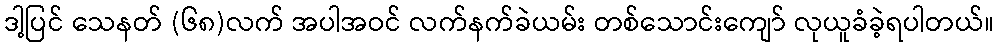
ဒါ့ပြင် သေနတ် (၆၈)လက် အပါအဝင် လက်နက်ခဲယမ်း တစ်သောင်းကျော် လုယူခံခဲ့ရပါတယ်။